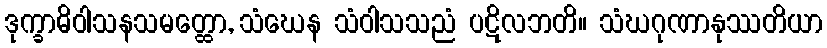
ဒုက္ခာဓိဝါသနသမတ္ထော, သံဃေန သံဝါသသညံ ပဋိလဘတိ။ သံဃဂုဏာနုဿတိယာ